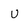
Character: U